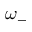
\omega _ { - }